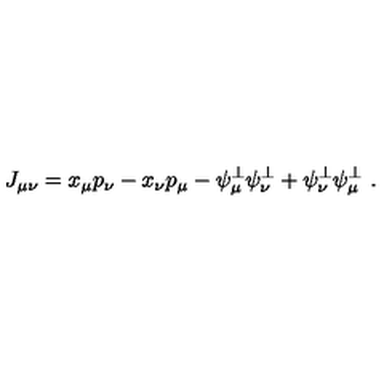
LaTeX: J _ { \mu \nu } = x _ { \mu } p _ { \nu } - x _ { \nu } p _ { \mu } - \psi _ { \mu } ^ { \perp } \psi _ { \nu } ^ { \perp } + \psi _ { \nu } ^ { \perp } \psi _ { \mu } ^ { \perp } \ .